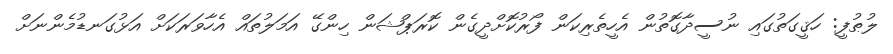
ލުޠުފީ: ހަޤީގަތުގައި ނުސީދާގޮތުން އެހީތެރިކަން ފޯރުކޮށްދީގެން ކޮރަޕްޝަން ހިންގޭ އަމަލުތައް އެހާވަރަކަށް އަޅުގަނޑުމެންނަށް